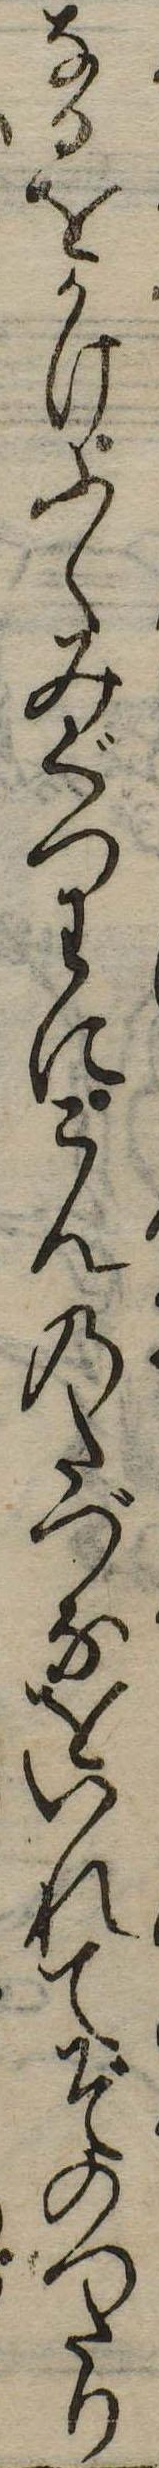
なるをかけふくみぐつわにこんのたづなをいれてぞのつたり